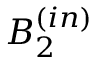
B _ { 2 } ^ { ( i n ) }